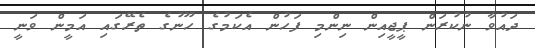
ދައުވާ ނުކުރަން ޕީޖީއިން ނިންމި ފަހުން އެކަމުގެ ހޫނުގެ ތެރޭގައި އަމީން ވަނީ